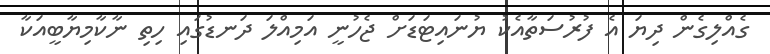
ގެއްލިގެން ދިޔަ އެ ފުރުސަތާއެކު ޔުނައިޓަޑަށް ޖެހުނީ އަމިއްލަ ދަނޑުގައި ހިތި ނާކާމިޔާބީއަކާ